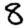
Digit: 8